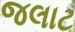
જલાટ